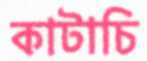
কাটাচি